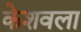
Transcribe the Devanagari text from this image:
केशवला